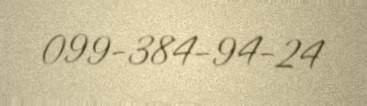
099-384-94-24